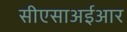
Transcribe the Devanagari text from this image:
सीएसाअईआर